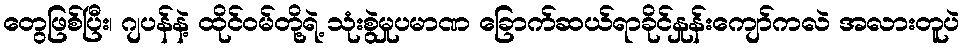
တွေဖြစ်ပြီး၊ ဂျပန်နဲ့ ထိုင်ဝမ်တို့ရဲ့ သုံးစွဲမှုပမာဏ ခြောက်ဆယ်ရာခိုင်နှုန်းကျော်ကလဲ အလားတူပဲ